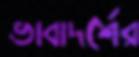
ভাবাদর্শের